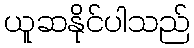
ယူဆနိုင်ပါသည်